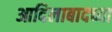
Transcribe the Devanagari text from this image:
आदिलाबादच्या